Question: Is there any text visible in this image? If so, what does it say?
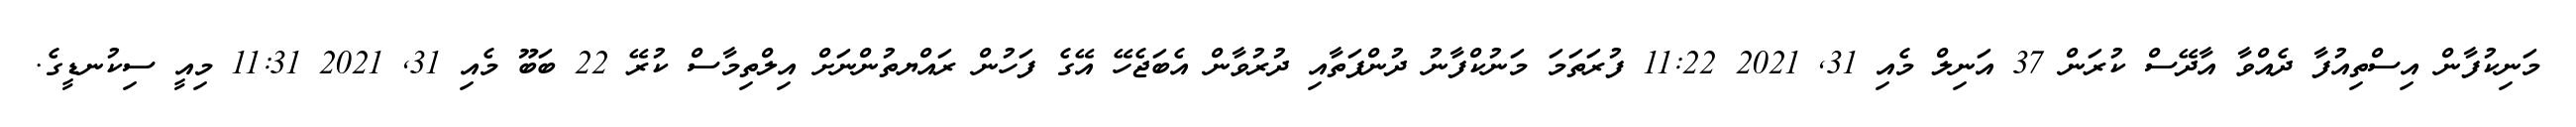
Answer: މަނިކުފާން އިސްތިއުފާ ދެއްވާ އާދޭސް ކުރަން 37 އަނިލް މެއި 31, 2021 11:22 ފުރަތަމަ މަނުކްފާނު ދުންފަތާއި ދުރުވާން އެބަޖެހޭ އޭގެ ފަހުން ރައްޔތުންނަށް އިލްތިމާސް ކުރޭ 22 ބަބޫ މެއި 31, 2021 11:31 މިއީ ސިކުނޑީގެ.